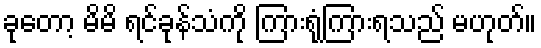
ခုတော့ မိမိ ရင်ခုန်သံကို ကြားရုံကြားရသည် မဟုတ်။